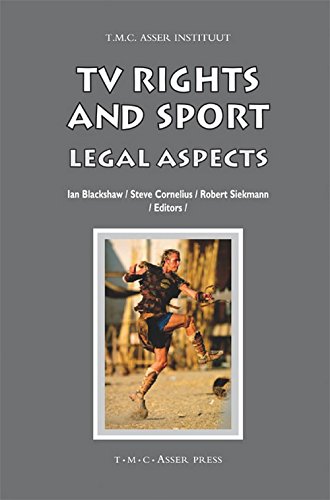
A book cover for TV Rights and Sport: Legal Aspects (ASSER International Sports Law Series); Law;